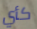
كأي